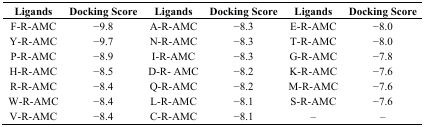
<table><thead><tr><td><b>Ligands</b></td><td><b>Docking Score</b></td><td><b>Ligands</b></td><td><b>Docking Score</b></td><td><b>Ligands</b></td><td><b>Docking Score</b></td></tr></thead><tbody><tr><td>F-R-AMC</td><td>−9.8</td><td>A-R-AMC</td><td>−8.3</td><td>E-R-AMC</td><td>−8.0</td></tr><tr><td>Y-R-AMC</td><td>−9.7</td><td>N-R-AMC</td><td>−8.3</td><td>T-R-AMC</td><td>−8.0</td></tr><tr><td>P-R-AMC</td><td>−8.9</td><td>I-R-AMC</td><td>−8.3</td><td>G-R-AMC</td><td>−7.8</td></tr><tr><td>H-R-AMC</td><td>−8.5</td><td>D-R- AMC</td><td>−8.2</td><td>K-R-AMC</td><td>−7.6</td></tr><tr><td>R-R-AMC</td><td>−8.4</td><td>Q-R-AMC</td><td>−8.2</td><td>M-R-AMC</td><td>−7.6</td></tr><tr><td>W-R-AMC</td><td>−8.4</td><td>L-R-AMC</td><td>−8.1</td><td>S-R-AMC</td><td>−7.6</td></tr><tr><td>V-R-AMC</td><td>−8.4</td><td>C-R-AMC</td><td>−8.1</td><td>–</td><td>–</td></tr></tbody></table>